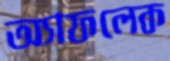
অ্যাফলেক